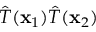
{ \hat { T } } ( \mathbf { x } _ { 1 } ) { \hat { T } } ( \mathbf { x } _ { 2 } )